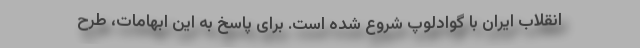
انقلاب ایران با گوادلوپ شروع شده است. برای پاسخ به این ابهامات، طرح